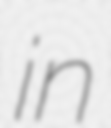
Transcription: in